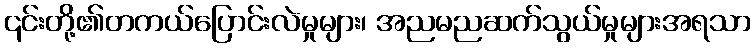
၎င်းတို့၏တကယ်ပြောင်းလဲမှုများ၊ အညမညဆက်သွယ်မှုများအရသာ